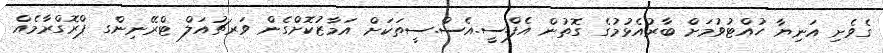
ގެވެށި އަނިޔާ ހުއްޓުވުމަށް ބާރުއެޅުމުގެ ގޮތުން އެފް.ސީ.އެސް.ސީތަކަށް އަމާޒުކޮށްގެން ވަރޗުއަލް ޓްރޭނިންގ ޕްރޮގްރާމެއް